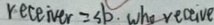
r e c e i v e r = s b . w h o r e c e i v e